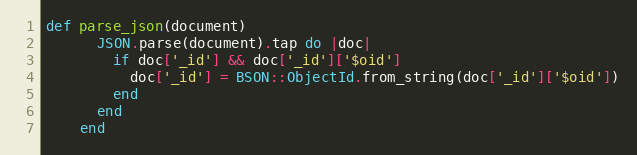
Language: Ruby
def parse_json(document)
      JSON.parse(document).tap do |doc|
        if doc['_id'] && doc['_id']['$oid']
          doc['_id'] = BSON::ObjectId.from_string(doc['_id']['$oid'])
        end
      end
    end